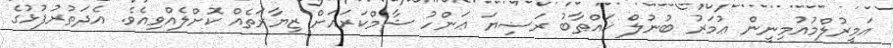
އަމީރުލްމުއުމިނީން ޢުމަރު ބުނުލް ޚައްޠާބު ރަޟިޔަ ޢަންހު ޝާމްކަރައަށް ޒިޔާރަތެއް ކޮށްލެއްވިއެވެ. އެދަތުރުފުޅުގެ